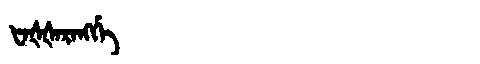
Manchu: ᡶᠠᡧᡧᠠᡵᠠᠩᡤᡝ
Romanization: FAŠŠARANGGE